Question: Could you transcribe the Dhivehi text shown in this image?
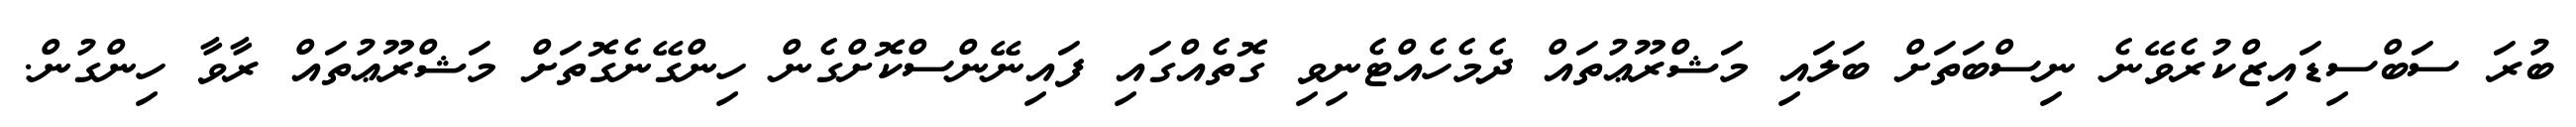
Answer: ބުރަ ސަބްސިޑައިޒްކުރެވޭނެ ނިސްބަތަށް ބަލައި މަޝްރޫޢުތައް ދެމެހެއްޓެނިވި ގޮތެއްގައި ފައިނޭންސްކޮށްގެން ހިންގޭނެގޮތަށް މަޝްރޫޢުތައް ރާވާ ހިންގުން.